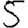
Digit: 5